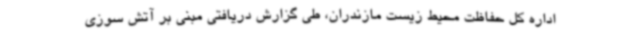
اداره کل حفاظت محیط زیست مازندران، طی گزارش دریافتی مبنی بر آتش سوزی